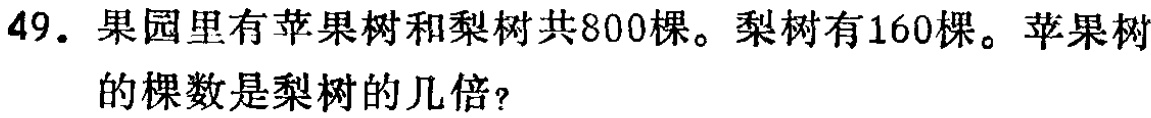
49. 果园里有苹果树和梨树共800棵。梨树有160棵。苹果树的棵数是梨树的几倍？